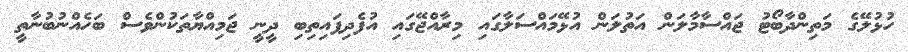
ހުޅުލޭގެ މަތިންދާބޯޓު ޖައްސާމާލަން އަތުލަން އުޅޭމައްސަލާގައި މިރާއްޖޭގައި އުފެދިފައިތިބި ދީނީ ޖަމިއްޔާތަކުންވެސް ބަހެއްނުބުނާތީ